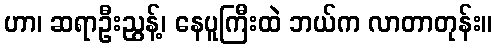
ဟာ၊ ဆရာဦးညွန့်၊ နေပူကြီးထဲ ဘယ်က လာတာတုန်း။